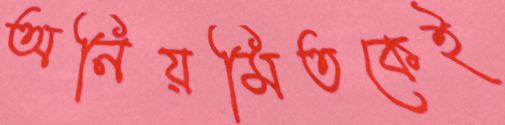
অনিয়মিতকেই